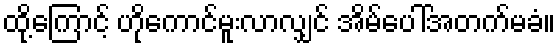
ထို့ကြောင့် ဟိုကောင်မူးလာလျှင် အိမ်ပေါ်အတက်မခံ။